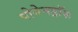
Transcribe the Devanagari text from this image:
पोगेनड्रॉफ